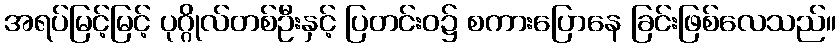
အရပ်မြင့်မြင့် ပုဂ္ဂိုလ်တစ်ဦးနှင့် ပြတင်းဝ၌ စကားပြောနေ ခြင်းဖြစ်လေသည်။